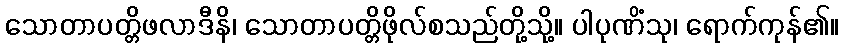
သောတာပတ္တိဖလာဒီနိ၊ သောတာပတ္တိဖိုလ်စသည်တို့သို့။ ပါပုဏိံသု၊ ရောက်ကုန်၏။